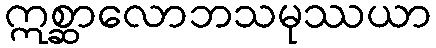
ဣစ္ဆာလောဘသမုဿယာ